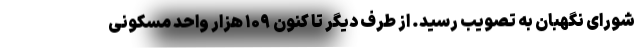
شورای نگهبان به تصویب رسید. از طرف دیگر تا کنون ۱۰۹ هزار واحد مسکونی